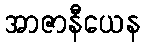
အာဇာနီယေန